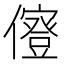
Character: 𠐏